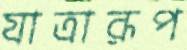
যাত্রারূপ